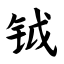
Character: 钺